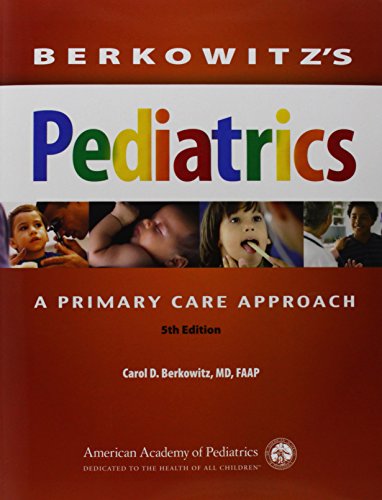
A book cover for Berkowitz's Pediatrics: A Primary Care Approach (Berkowitz, Berkowitz's Pediatrics: A Primary Care Approach); Carol D. Berkowitz MD  FAAP; Medical Books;